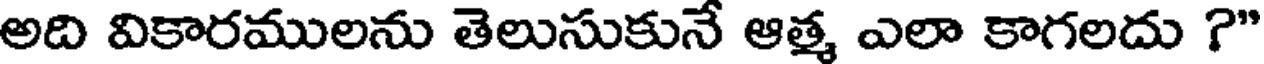
అది వికారములను తెలుసుకునే ఆత్మ ఎలా కాగలదు ?"